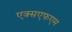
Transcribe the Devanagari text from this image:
एक्सएफएम